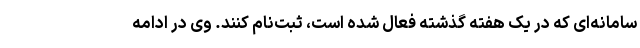
سامانه‌ای که در یک هفته گذشته فعال شده است، ثبت‌نام کنند. وی در ادامه